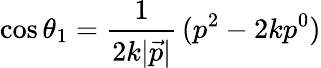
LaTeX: \cos\theta_{1}=\frac{1}{2k|\vec{p}|}\, (p^{2}-2kp^{0})